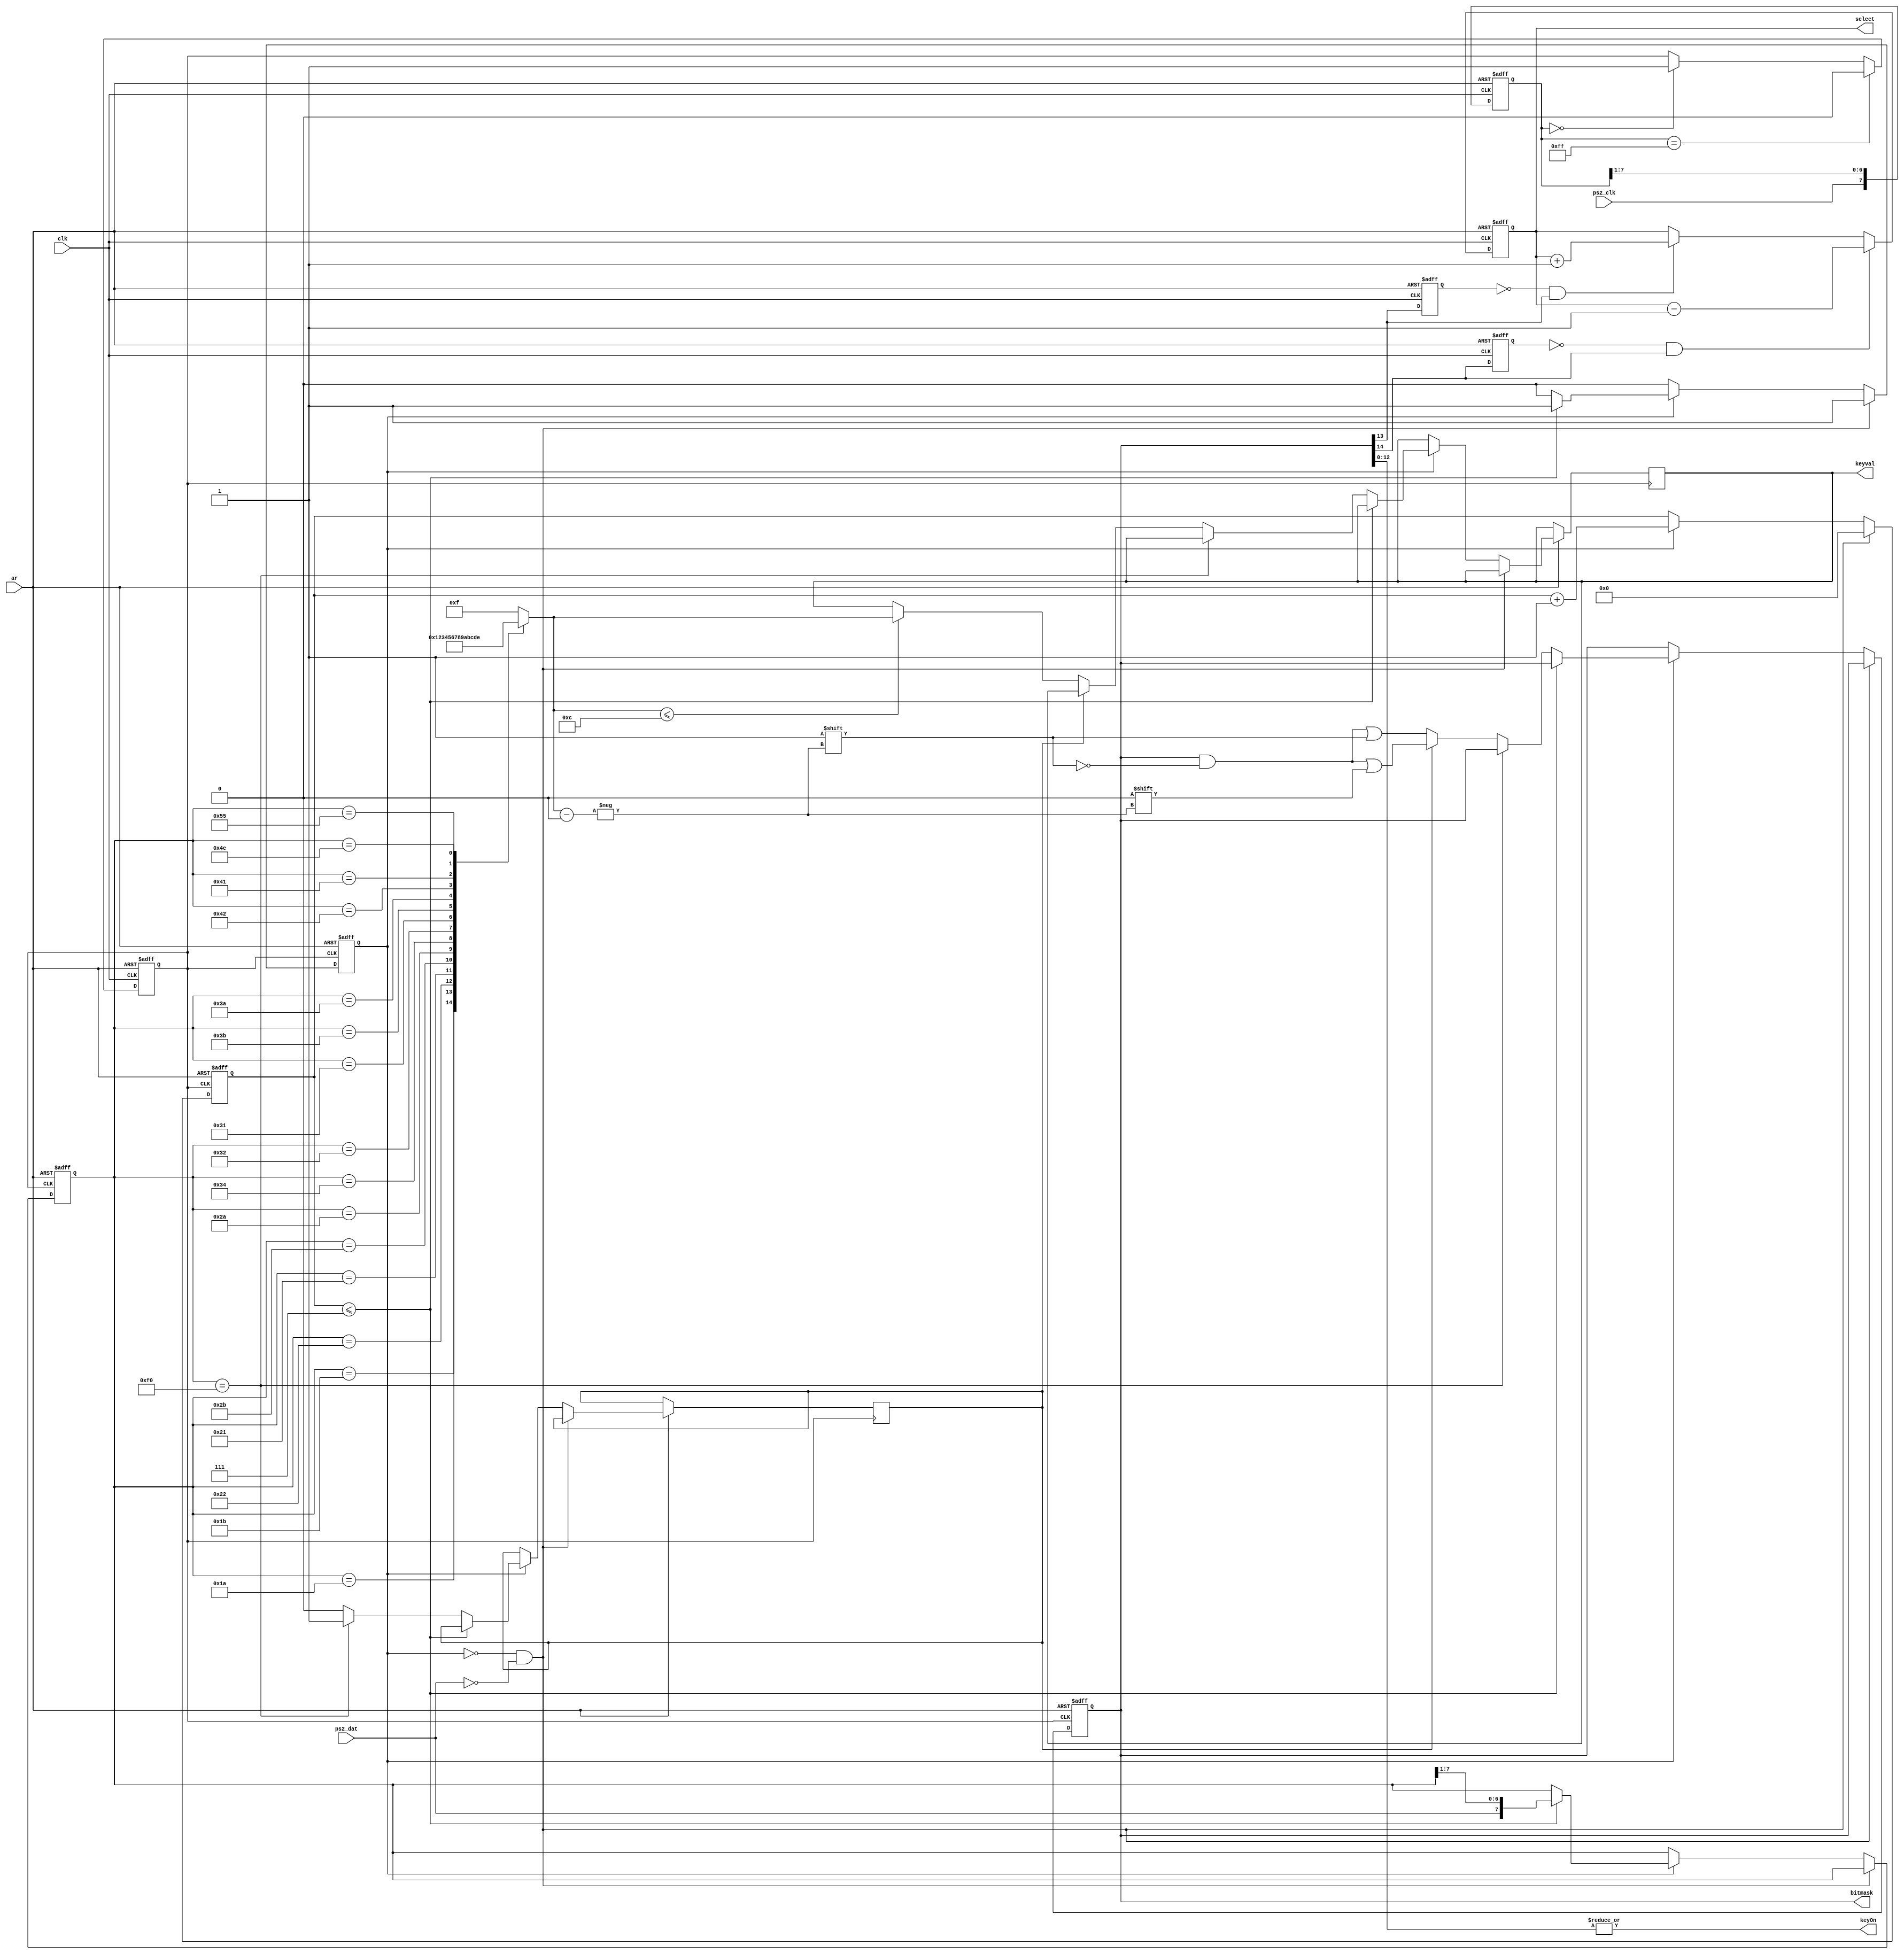
/*==========================================================

ECE 641 Spring 2018
Thomas Gorham
(based on kbd_ps2.v from Dr. Gruenbacher)
ps2_controller.v

Handles data input from a ps2 keyboard.
Keyboards do not require bidirectional data, so only input
is implemented. Output comes in the form of a bitmask
representing piano keys from C to B with minors included
where appropriate (notes range from index 0 to index 11).
Special indices:    12: +
                    13: -
                    14: \
                    15: unrecognized
==========================================================*/

module kbd(ar, clk, ps2_clk, ps2_dat, bitmask, keyval, keyOn, select );
	input ar;
	input clk;
	input ps2_clk;
	input ps2_dat;
	output reg [15:0] bitmask;
	output reg [3:0] keyval;
	output keyOn;
	output reg [1:0] select;
	
	reg [7:0] code;
	reg	ps2_clk_filt; // We need to filter the ps2 clock for edges
	reg [7:0] filter_sr;
	
	always @(negedge ar or posedge clk)
        if(~ar) begin
            // Initialize to all zeros
            ps2_clk_filt <= 1'b0;
            filter_sr <= 8'hff;
        end else begin
            // Shift filter_sr towards LSB (right shift) and insert ps2_clk as bit MSB
            filter_sr <= {ps2_clk, filter_sr[7:1]};
            
            if(filter_sr == 8'hff) // If ps2_clk has been high for 8 cycles
                ps2_clk_filt <= 1'b0; // Set filtered value high
            else if(filter_sr == 8'h00) // If ps2_clk has been low for 8 cycles
                ps2_clk_filt <= 1'b1; // Set filtered value low
        end
    
	reg [3:0]    bit_count;
	reg          currently_receiving;
	reg          received_stop;
	reg [3:0]    bitindex;

	always @(negedge ar or posedge ps2_clk_filt)
		if(~ar) begin
            // Initialize values to zero
            bit_count <= 0;
            code <= 7'h00;
            currently_receiving <= 1'b0;
            bitmask <= 0;
		end else begin
            // When not receiving, listen for ps2_dat to drop low (start bit)
            if(~currently_receiving && ps2_dat == 1'b0) begin
                currently_receiving <= 1'b1;
                bit_count <= 0;
            end else begin
                // Always increment bit count when triggered and receiving
                if(currently_receiving) begin
                    bit_count <= bit_count + 1'b1;

                    if(bit_count <= 4'd7)
                        code <= {ps2_dat, code[7:1]}; // Shift in the latest ps2 data bit_count
                    else begin
                        // We've received 8 bits!
                        // If we receive F0, the next index received will be
                        // the subject of a stop code
                        if(code == 8'hF0) begin
                            received_stop <= 1;
                        end else if(received_stop) begin
                            // If the last character received was a stop code clear that bit
                            bitmask[bitindex] <= 0;
                            received_stop <= 0;
                        end else begin
                            // Last character received was not a stop code
                            // so we should mark a bit high
                            bitmask[bitindex] <= 1;
                            // Output the currently held key
                            if(bitindex<=12)
                              begin
                                keyval <= bitindex;
                              end
                        end
                        
                        currently_receiving <= 1'b0;
                    end
                end
            end
        end
			
							
    // This always block defines the lookup table that converts
    // scan codes into bit positions for the output vector
	always@(code)
		case(code)
			8'h1A: bitindex = 0;   //Z
			8'h1B: bitindex = 1;   //S
			8'h22: bitindex = 2;   //X
			8'h21: bitindex = 3;   //C
			8'h2B: bitindex = 4;   //F
			8'h2A: bitindex = 5;   //V
			8'h34: bitindex = 6;   //G
			8'h32: bitindex = 7;   //B
			8'h31: bitindex = 8;   //N
			8'h3B: bitindex = 9;   //J
			8'h3A: bitindex = 10;  //M
			8'h42: bitindex = 11;  //K
			8'h41: bitindex = 12;  //<
			8'h55: bitindex = 13;  //+
			8'h4E: bitindex = 14;  //-
			default: bitindex = 15;//
		endcase
	
	wire [12:0] pianoKeys;
	assign pianoKeys = bitmask[12:0];
	assign keyOn = |pianoKeys;
  
    //Process +/- keys
    reg plus_prev, minus_prev;
    wire plus_rising, minus_rising;
    assign plus_rising = (plus_prev==0)&&(bitmask[13]==1);
    assign minus_rising = (minus_prev==0)&&(bitmask[14]==1);
  
    always @(negedge ar or posedge clk)
        if(~ar) begin
            // Initialize values to zero
            select <= 0;
            plus_prev <= 0;
            minus_prev <= 0;
        end else begin
            if(plus_rising)
                select <= select + 1;
            if(minus_rising)
                select <= select - 1;

            plus_prev <= bitmask[13];
            minus_prev <= bitmask[14];
        end
	endmodule